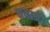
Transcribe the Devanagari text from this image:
नमाजे